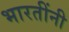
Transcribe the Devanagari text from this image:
भारतींनी